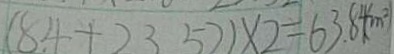
( 8 4 + 2 3 5 ) \times 2 = 6 3 . 8 4 ( m ^ { 2 } )